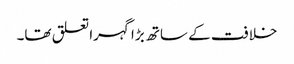
خلافت کے ساتھ بڑا گہرا تعلق تھا۔